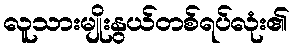
လူသားမျိုးနွယ်တစ်ရပ်လုံး၏